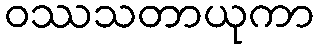
ဝဿသတာယုကာ